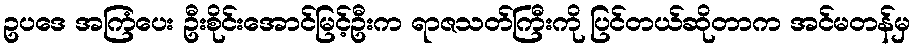
ဥပဒေ အကြံပေး ဦးစိုင်းအောင်မြင့်ဦးက ရာဇသတ်ကြီးကို ပြင်တယ်ဆိုတာက အင်မတန်မှ